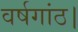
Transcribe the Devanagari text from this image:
वर्षगांठ।